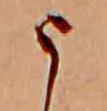
う